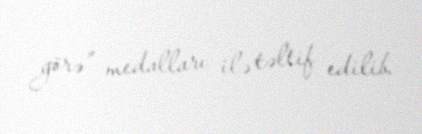
görə” medalları ilə təltif edilib.